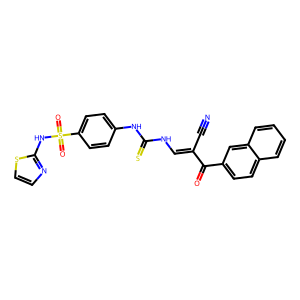
SMILES: N#CC(=CNC(=S)Nc1ccc(S(=O)(=O)Nc2nccs2)cc1)C(=O)c1ccc2ccccc2c1
Inhibits HIV replication: No